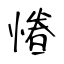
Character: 慻